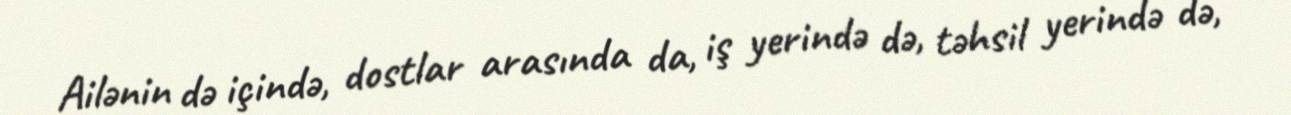
Ailənin də içində, dostlar arasında da, iş yerində də, təhsil yerində də,